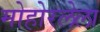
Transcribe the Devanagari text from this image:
मोहोरलेला